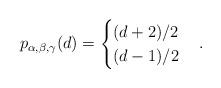
LaTeX: \begin{align*}p_{\alpha, \beta, \gamma}(d) = \begin{cases} (d+2)/2 & \\ (d-1)/2 & \end{cases}.\end{align*}